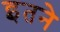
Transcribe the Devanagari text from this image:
इतने